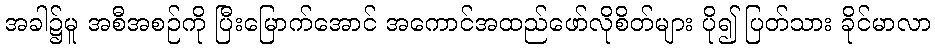
အခါ၌မူ အစီအစဉ်ကို ပြီးမြောက်အောင် အကောင်အထည်ဖော်လိုစိတ်များ ပို၍ ပြတ်သား ခိုင်မာလာ